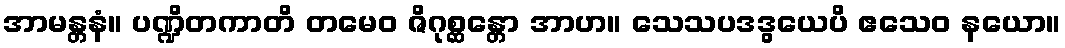
အာမန္တနံ။ ပဏ္ဍိတကာတိ တမေဝ ဇိဂုစ္ဆန္တော အာဟ။ သေသပဒဒွယေပိ ဧသေဝ နယော။